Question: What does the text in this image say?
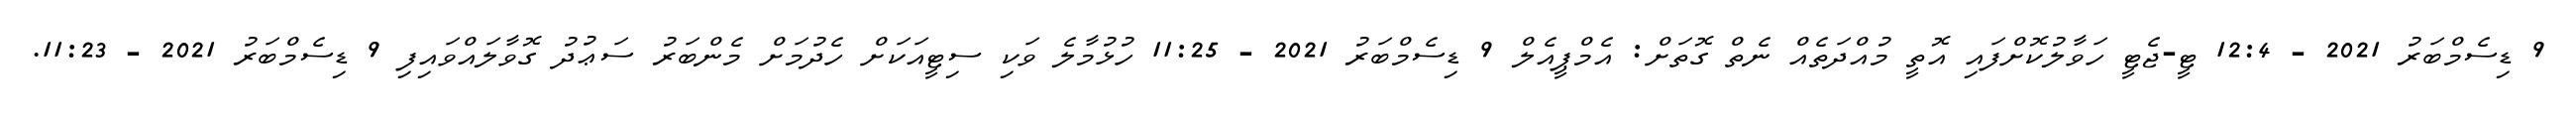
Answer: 9 ޑިސެމްބަރު 2021 - 12:4 ޓީ-ޖެޓީ ހަވާލުކޮށްފައި އޮތީ މުއްދަތެއް ނެތް ގޮތަށް: އެމްޕީއެލް 9 ޑިސެމްބަރު 2021 - 11:25 ހުޅުމާލެ ވަކި ސިޓީއަކަށް ހެދުމަށް މެންބަރު ސަޢުދު ގޮވާލައްވައިފި 9 ޑިސެމްބަރު 2021 - 11:23.